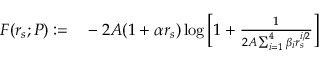
\begin{array} { r l } { F ( r _ { s } ; P ) : = } & { { } - 2 A ( 1 + \alpha r _ { s } ) \log \bigg [ 1 + \frac { 1 } { 2 A \sum _ { i = 1 } ^ { 4 } \beta _ { i } r _ { s } ^ { i / 2 } } \bigg ] } \end{array}